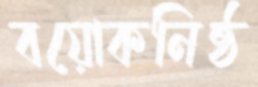
বয়োকনিষ্ঠ